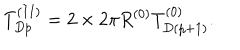
T _ { D p } ^ { ( I I ) } = 2 \times 2 \pi R ^ { ( 0 ) } T _ { D ( p + 1 ) } ^ { ( 0 ) } .